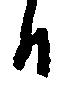
日